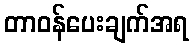
တာဝန်ပေးချက်အရ